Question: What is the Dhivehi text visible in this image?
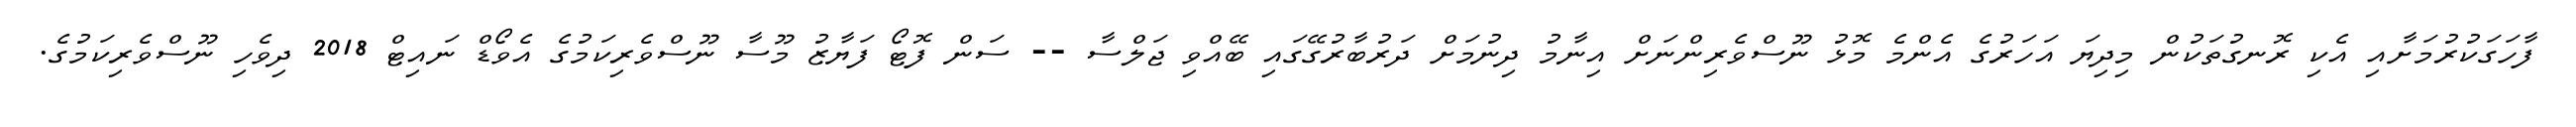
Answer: ފާހަގަކުރުމަށާއި އެކި ރޮނގުތަކުން މިދިޔަ އަހަރުގެ އެންމެ މޮޅު ނޫސްވެރިންނަށް އިނާމު ދިނުމަށް ދަރުބާރުގޭގައި ބޭއްވި ޖަލްސާ -- ސަން ފޮޓޯ ފަޔާޒު މޫސާ ނޫސްވެރިކަމުގެ އެވޯޑް ނައިޓް 2018 ދިވެހި ނޫސްވެރިކަމުގެ.